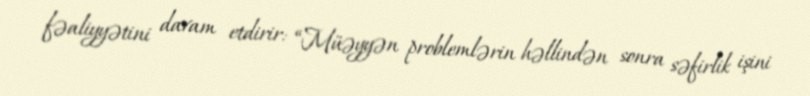
fəaliyyətini davam etdirir: “Müəyyən problemlərin həllindən sonra səfirlik işini